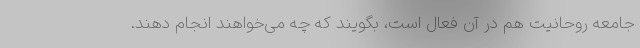
جامعه روحانیت هم در آن فعال است، بگویند که چه می‌خواهند انجام دهند.